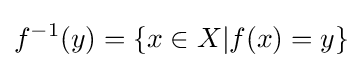
f^{-1}(y)=\{x\in X|f(x)=y\}